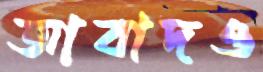
আবাদও